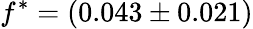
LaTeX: f^{\ast}=(0.043\pm 0.021)